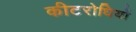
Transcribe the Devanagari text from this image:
कीटरोधियों